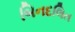
બિનદલિત